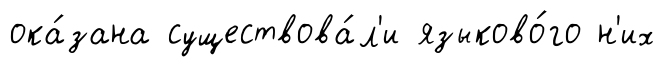
ока́зана существова́л'и языково́го н'их